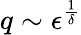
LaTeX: q\sim\epsilon^{\frac{1}{\delta}}